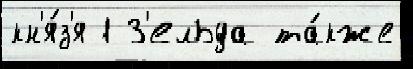
кн'я́з'я 1 З'ельда та́кже